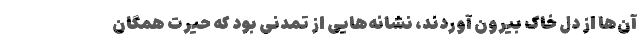
آن‌ها از دل خاک بیرون آوردند، نشانه‌هایی از تمدنی بود که حیرت همگان